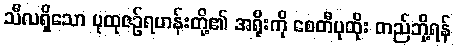
သီလရှိသော ပုထုဇဉ်ရဟန်းတို့၏ အရိုးကို စေတီပုထိုး တည်ဘို့ရန်